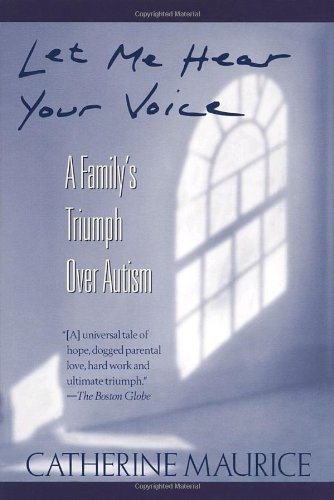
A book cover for Let Me Hear Your Voice: A Family's Triumph over Autism; Catherine Maurice; Health, Fitness & Dieting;